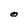
Character: O